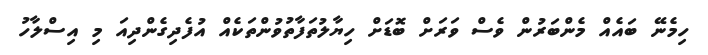
ހިމެނޭ ބައެއް މެންބަރުން ވެސް ވަރަށް ބޮޑަށް ހިޔާލުތަފާތުވުންތަކެއް އުފެދިގެންދިއަ މި އިސްލާހު